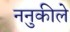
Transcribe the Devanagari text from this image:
ननुकीले